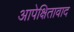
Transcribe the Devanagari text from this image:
आपेक्षितावाद